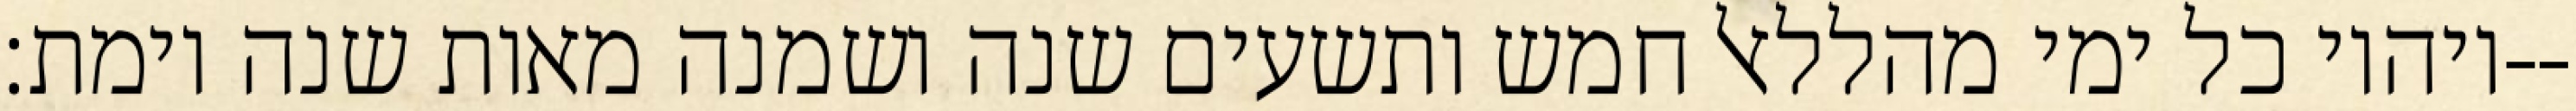
ויהיו כל ימי מהללאל חמש ותשעים שנה ושמנה מאות שנה וימת׃--